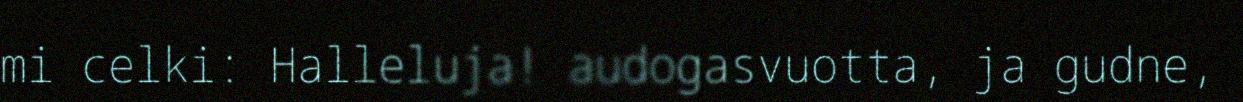
mi celki: Halleluja! audogasvuotta, ja gudne,